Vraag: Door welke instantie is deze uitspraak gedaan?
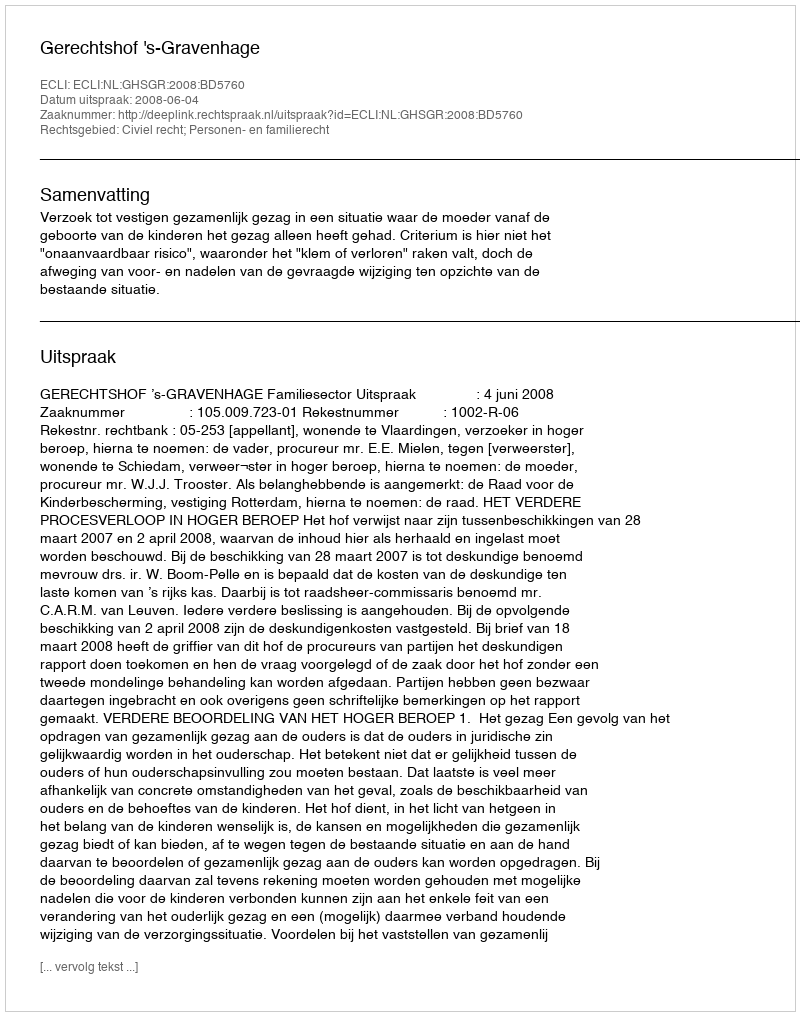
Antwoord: Gerechtshof 's-Gravenhage